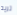
تريد